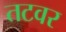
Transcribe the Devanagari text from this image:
तटवर